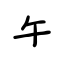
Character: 午